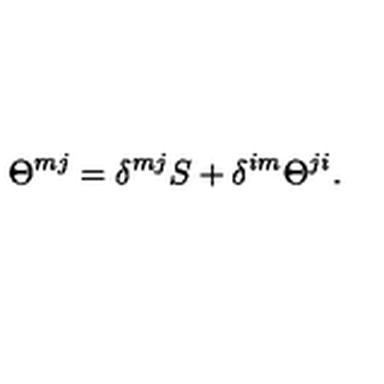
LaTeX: \Theta ^ { m j } = \delta ^ { m j } S + \delta ^ { i m } \Theta ^ { j i } .